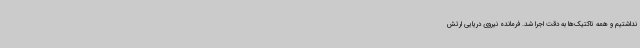
نداشتیم و همه تاکتیک‌ها به دقت اجرا شد. فرمانده نیروی دریایی ارتش